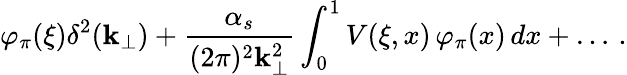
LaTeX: \varphi_{\pi}(\xi)\delta^{2}(\mathbf{k}_{\perp})+\frac{{\alpha_{s}}}{{(2\pi)^{2}\mathbf{k}_{\perp}^{2}}}\int_{0}^{1}V(\xi,x)\, \varphi_{\pi}(x)\, dx+\ldots\, .